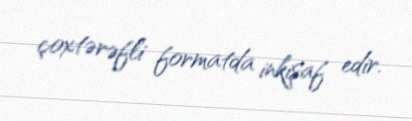
çoxtərəfli formatda inkişaf edir.